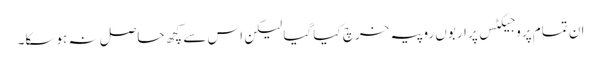
ان تمام پروجیکٹس پر اربوں روپیہ خرچ کیا گیا لیکن اس سے کچھ حاصل نہ ہوسکا۔